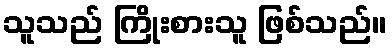
သူသည် ကြိုးစားသူ ဖြစ်သည်။